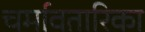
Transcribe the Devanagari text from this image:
चर्मावतारिका